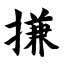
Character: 搛